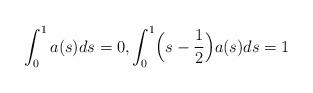
LaTeX: \begin{align*} \int_0^1 a(s) ds=0,\int_0^1 \Bigl( s-\frac{1 }{2}\Bigr) a(s)ds=1\end{align*}